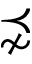
\precnsim